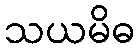
သယမိဓ